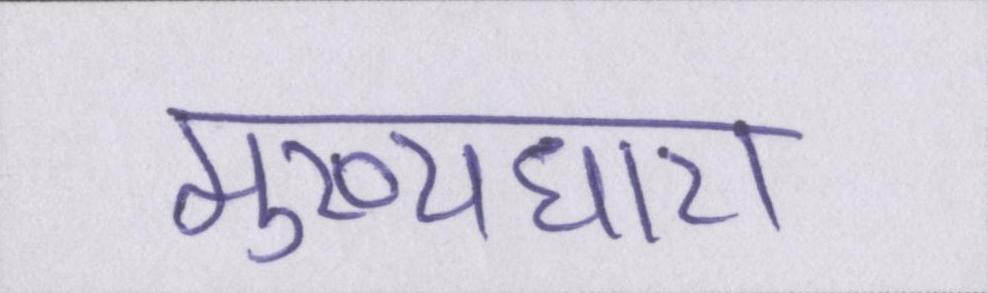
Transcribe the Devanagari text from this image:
मुख्यधारा